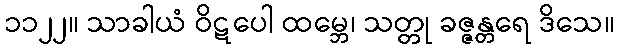
၁၁၂၂။ သာခါယံ ဝိဋပေါ ထမ္ဘေ၊ သတ္တု ခဇ္ဇန္တရေ ဒိသေ။